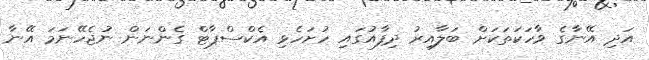
އަދި އޭނާގެ ވާހަކަތަކަށް ބަލާއިރު ދިފާއުގައި ހުށަހެޅި އެކްސްޕާޓް ގެންނަން ނުޖެހޭނަމަ އޭނާ